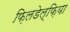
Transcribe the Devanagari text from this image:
फ़िलडेल्फ़िया